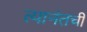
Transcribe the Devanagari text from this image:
त्यानंतची